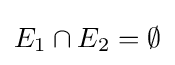
E_{1}\cap E_{2}=\emptyset